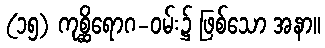
(၁၅) ကုစ္ဆိရောဂ-ဝမ်း၌ ဖြစ်သော အနာ။